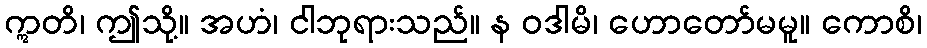
ဣတိ၊ ဤသို့။ အဟံ၊ ငါဘုရားသည်။ န ဝဒါမိ၊ ဟောတော်မမူ။ ကောစိ၊